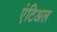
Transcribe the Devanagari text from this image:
एंटिअल